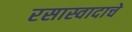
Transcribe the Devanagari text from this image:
रसास्वादाचे